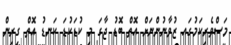
މަސްވެރިކަމުގައ ޒުވާނުންނަށް އޮތް ބޮޑު ޖާގަ މި ކުޑަކުޑަ ކަނޑު އޮތް ގިރިން